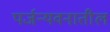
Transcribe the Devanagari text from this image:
पर्जन्यवनातील